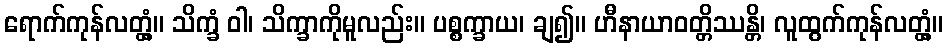
ရောက်ကုန်လတ္တံ့။ သိက္ခံ ဝါ၊ သိက္ခာကိုမူလည်း။ ပစ္စက္ခာယ၊ ချ၍။ ဟီနာယာဝတ္တိဿန္တိ၊ လူထွက်ကုန်လတ္တံ့။